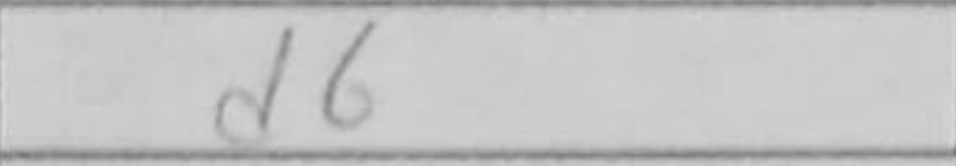
Transcription: d6